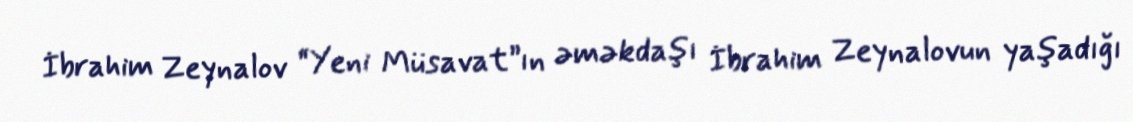
İbrahim Zeynalov “Yeni Müsavat”ın əməkdaşı İbrahim Zeynalovun yaşadığı